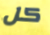
كل